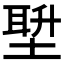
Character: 𪣿